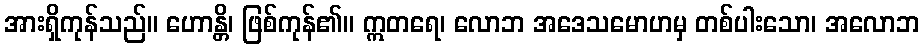
အားရှိကုန်သည်။ ဟောန္တိ၊ ဖြစ်ကုန်၏။ ဣတရေ၊ လောဘ အဒေသမောဟမှ တစ်ပါးသော၊ အလောဘ